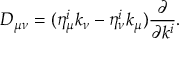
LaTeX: D _ { \mu \nu } = ( \eta _ { \mu } ^ { i } k _ { \nu } - \eta _ { \nu } ^ { i } k _ { \mu } ) { \frac { \partial } { \partial k ^ { i } } } .